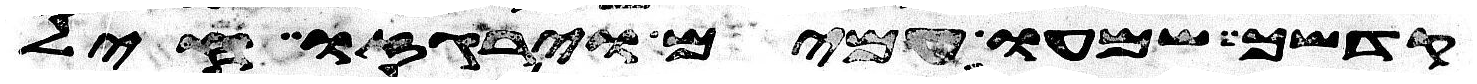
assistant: קדשך שמעו עמים וירגזו חיל